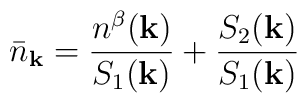
{\bar{n}}_{ {\bf{k}} } = \frac{ n^{\beta}({\bf{k}}) }{S_{1}({\bf{k}}) }+ \frac{ S_{2}({\bf{k}}) }{S_{1}({\bf{k}}) }